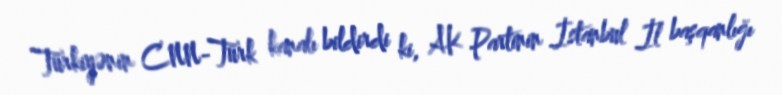
Türkiyənin CNN-Türk kanalı bildirdi ki, AK Partinin İstanbul İl başqanlığı